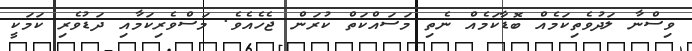
ވިސްނާ ލަދުވެތިކަމެއް ބޮޑާކަމެއް ނެތި މަސައްކަތް ކުރަން ޖެހެއެވެ. މަސްވެރިކަމާއި ދަޑުވެރި ކަމަކީ